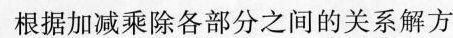
根据加减乘除各部分之间的关系解方